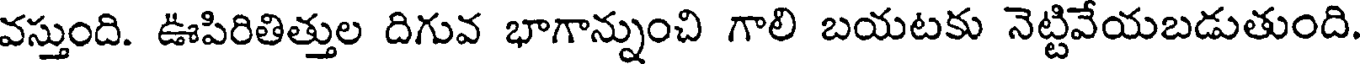
వస్తుంది. ఊపిరితిత్తుల దిగువ భాగాన్నుంచి గాలి బయటకు నెట్టివేయబడుతుంది